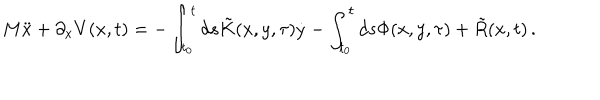
LaTeX: M \ddot { x } + \partial _ { x } V ( x , t ) = - \int _ { t _ { 0 } } ^ { t } d s \tilde { K } ( x , y , \tau ) \dot { y } - \int _ { t _ { 0 } } ^ { t } d s \Phi ( x , y , \tau ) + \tilde { R } ( x , t ) \, .